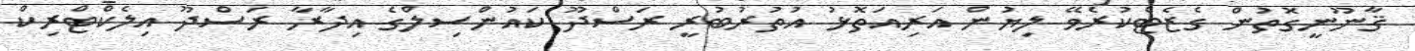
ޤާނޫނީގޮތުން ގެޒެޓްކުރެވޭ ލިޔުން އަރިއަތޮޅު އުތުރުބުރީ ރަސްދޫ ކައުންސިލްގެ އިދާރާ ރަސްދޫ އިލެކްޓްރިކް